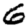
Digit: 6